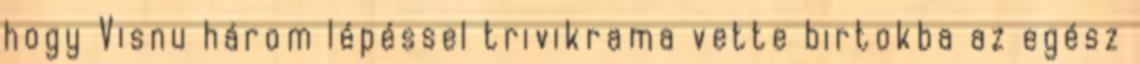
hogy Visnu három lépéssel trivikrama vette birtokba az egész